Indian journal of veterinary science and animal husbandry - Volume 12,
Year: 1942
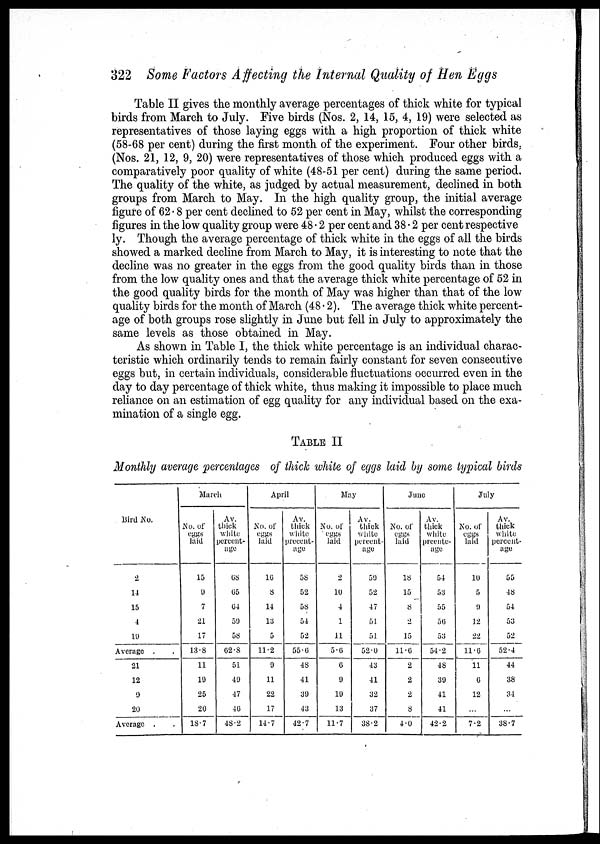
322 Some Factors Affecting the Internal Quality of Hen Eggs
Table II gives the monthly average percentages of thick white for typical
birds from March to July. Five birds (Nos. 2, 14, 15, 4, 19) were selected as
representatives of those laying eggs with a high proportion of thick white
(58-68 per cent) during the first month of the experiment. Four other birds,
(Nos. 21, 12, 9, 20) were representatives of those which produced eggs with a
comparatively poor quality of white (48-51 per cent) during the same period.
The quality of the white, as judged by actual measurement, declined in both
groups from March to May. In the high quality group, the initial average
figure of 62.8 per cent declined to 52 per cent in May, whilst the corresponding
figures in the low quality group were 48.2 per cent and 38.2 per cent respective
ly. Though the average percentage of thick white in the eggs of all the birds
showed a marked decline from March to May, it is interesting to note that the
decline was no greater in the eggs from the good quality birds than in those
from the low quality ones and that the average thick white percentage of 52 in
the good quality birds for the month of May was higher than that of the low
quality birds for the month of March (48.2). The average thick white percent-
age of both groups rose slightly in June but fell in July to approximately the
same levels as those obtained in May.
As shown in Table I, the thick white percentage is an individual charac-
teristic which ordinarily tends to remain fairly constant for seven consecutive
eggs but, in certain individuals, considerable fluctuations occurred even in the
day to day percentage of thick white, thus making it impossible to place much
reliance on an estimation of egg quality for any individual based on the exa-
mination of a single egg.
TABLE II
Monthly average percentages of thick white of eggs laid by some typical birds
Bird No.
2
14
15
4
19
Average . .
21
12
9
20
Average . .
March
No. of
eggs
laid
15
9
7
21
17
13.8
11
19
25
20
18.7
Av.
thick
white
percent-
age
68
65
64
59
58
62.8
51
49
47
46
48.2
April
No. of
eggs
laid
16
8
14
13
5
11.2
9
11
22
17
14.7
Av.
thick
white
precent-
age
58
52
58
54
52
55.6
48
41
39
43
42.7
May
No. of
eggs
laid
2
10
4
1
11
5.6
6
9
19
13
11.7
Av.
thick
white
percent-
age
59
52
47
51
51
52.0
43
41
32
37
38.2
June
No. of
eggs
laid
18
15
8
2
15
11.6
2
2
2
8
4.0
Av.
thick
white
prcente-
age
54
53
55
56
53
54.2
48
39
41
41
42.2
July
No. of
eggs
laid
10
5
9
12
22
11.6
11
6
12
...
7.2
Av.
thick
white
percent-
age
55
48
54
53
52
52.4
44
38
34
...
38.7